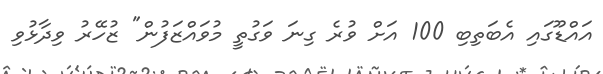
އައްޑޫގައި އެބަތިބި 100 އަށް ވުރެ ގިނަ ވަގުތީ މުވައްޒަފުން" ޒުހޭރު ވިދާޅުވި